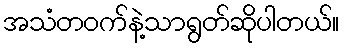
အသံတဝက်နဲ့သာရွတ်ဆိုပါတယ်။